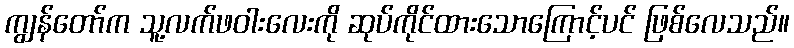
ကျွန်တော်က သူ့လက်ဖဝါးလေးကို ဆုပ်ကိုင်ထားသောကြောင့်ပင် ဖြစ်လေသည်။